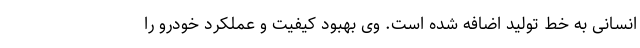
انسانی به خط تولید اضافه شده است. وی بهبود کیفیت و عملکرد خودرو را